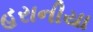
હરાનીયા